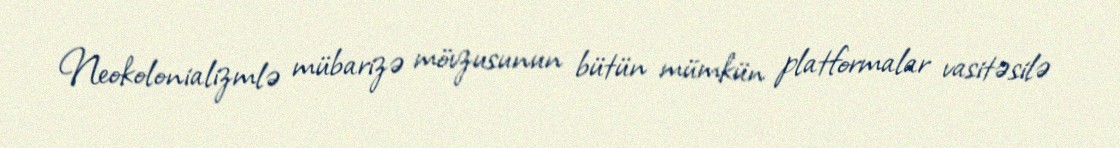
Neokolonializmlə mübarizə mövzusunun bütün mümkün platformalar vasitəsilə